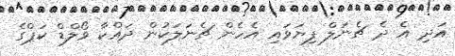
އަދި އެ ދެ ޗެނަލް ފިޔަވައި އެހެން ޗެނަލަކުން ދައްކާ ވޯލްޑް ކަޕްގެ